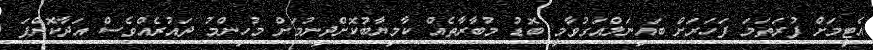
އެޓީމަށް ފުރަތަމަ ފަހަރަށް ބައިނަލްއަގުވާމީ ބޮޑު މުބާރާތެއް ކާމިޔާބުކޮށްދިނުމަށް މުހިންމު ދައުރެއްވެސް އަދާކޮށްފަ